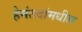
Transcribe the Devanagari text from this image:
हेमंतदांमधील